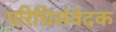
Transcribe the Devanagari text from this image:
परिधिसंवेदक